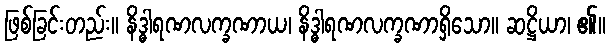
ဖြစ်ခြင်းတည်း။ နိဒ္ဓါရဏလက္ခဏာယ၊ နိဒ္ဓါရဏလက္ခဏာရှိသော။ ဆဋ္ဌိယာ၊ ၏။